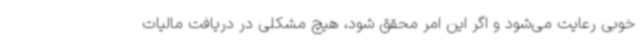
خوبی رعایت می‌شود و اگر این امر محقق شود، هیچ مشکلی در دریافت مالیات